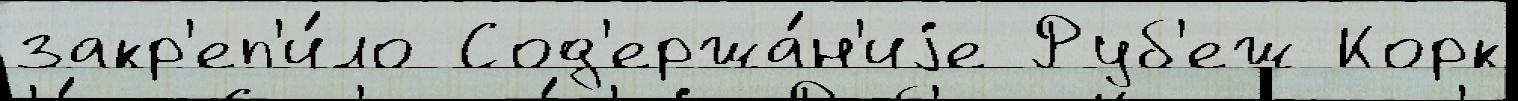
закр'еп'и́ло Сод'ержа́н'иjе Руб'еж Корк